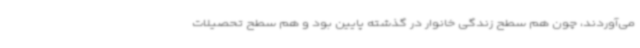
می‌آوردند، چون هم سطح زندگی خانوار در گذشته پایین بود و هم سطح تحصیلات